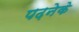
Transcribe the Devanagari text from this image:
पढ़नेके